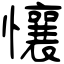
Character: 懹